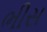
ભીસ